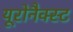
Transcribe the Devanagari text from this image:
यूरोनैक्स्ट